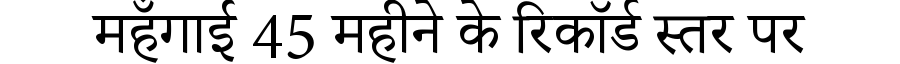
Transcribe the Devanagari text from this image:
महँगाई 45 महीने के रिकॉर्ड स्तर पर